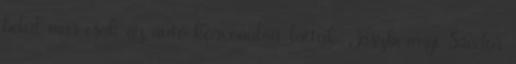
belül már csak az autó körvonalait láttuk. Jászberényi Sándor